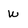
Character: w